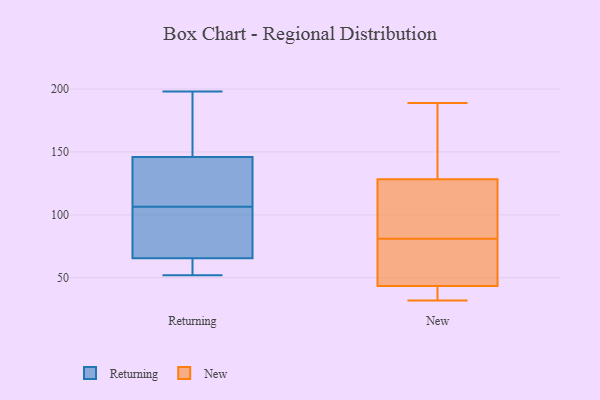
{"axis": {"x": "Population (Million)", "y": "Value"}, "legend": ["New", "Returning"], "data": [{"x": "", "y": 63, "type": "Returning"}, {"x": "", "y": 144, "type": "Returning"}, {"x": "", "y": 102, "type": "Returning"}, {"x": "", "y": 173, "type": "Returning"}, {"x": "", "y": 112, "type": "Returning"}, {"x": "", "y": 68, "type": "Returning"}, {"x": "", "y": 99, "type": "Returning"}, {"x": "", "y": 198, "type": "Returning"}, {"x": "", "y": 57, "type": "Returning"}, {"x": "", "y": 111, "type": "Returning"}, {"x": "", "y": 57, "type": "Returning"}, {"x": "", "y": 148, "type": "Returning"}, {"x": "", "y": 131, "type": "Returning"}, {"x": "", "y": 52, "type": "Returning"}, {"x": "", "y": 192, "type": "Returning"}, {"x": "", "y": 73, "type": "Returning"}, {"x": "", "y": 36, "type": "New"}, {"x": "", "y": 56, "type": "New"}, {"x": "", "y": 36, "type": "New"}, {"x": "", "y": 32, "type": "New"}, {"x": "", "y": 76, "type": "New"}, {"x": "", "y": 48, "type": "New"}, {"x": "", "y": 174, "type": "New"}, {"x": "", "y": 42, "type": "New"}, {"x": "", "y": 105, "type": "New"}, {"x": "", "y": 131, "type": "New"}, {"x": "", "y": 81, "type": "New"}, {"x": "", "y": 120, "type": "New"}, {"x": "", "y": 84, "type": "New"}, {"x": "", "y": 78, "type": "New"}, {"x": "", "y": 97, "type": "New"}, {"x": "", "y": 189, "type": "New"}, {"x": "", "y": 142, "type": "New"}, {"x": "", "y": 34, "type": "New"}, {"x": "", "y": 157, "type": "New"}]}